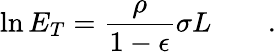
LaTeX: \ln E_{T}=\frac{\rho}{1-\epsilon}\sigma L\qquad.